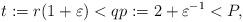
LaTeX: \begin{align*}t:=r(1+\varepsilon )<qp:=2+\varepsilon ^{-1}<P, \end{align*}